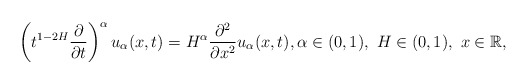
\begin{align*}\left(t^{1-2H}\frac{\partial}{\partial t}\right)^{\alpha}u_{\alpha}(x,t)=H^{\alpha}\frac{\partial^2}{\partial x^2}u_{\alpha}(x,t),\alpha\in(0,1), \ H\in (0,1), \ x \in \mathbb{R},\end{align*}